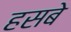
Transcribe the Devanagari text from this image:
हसबे